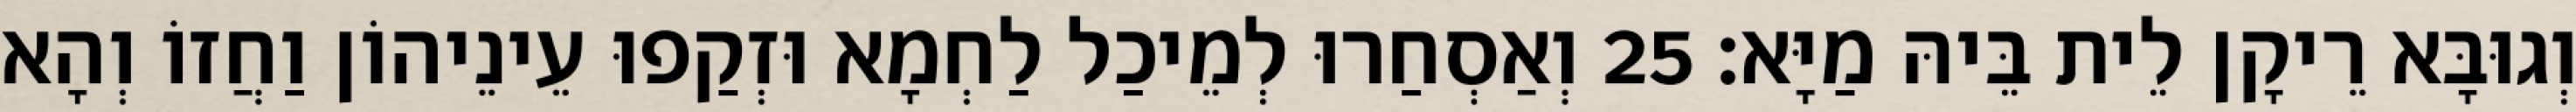
וְגוּבָּא רֵיקָן לֵית בֵּיהּ מַיָּא׃ 25 וְאַסְחַרוּ לְמֵיכַל לַחְמָא וּזְקַפוּ עֵינֵיהוֹן וַחֲזוֹ וְהָא